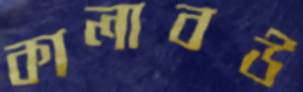
কালাবউ